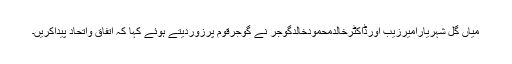
میاں گل شہریارامیرزیب اورڈاکٹرخالدمحمودخالدگوجر نے گوجرقوم پرزوردیتے ہوئے کہا کہ اتفاق واتحاد پیداکریں۔